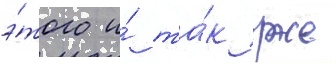
э́того и́ та́к уже